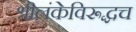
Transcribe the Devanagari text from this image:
श्रीलंकेविरूद्धच